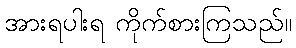
အားရပါးရ ကိုက်စားကြသည်။